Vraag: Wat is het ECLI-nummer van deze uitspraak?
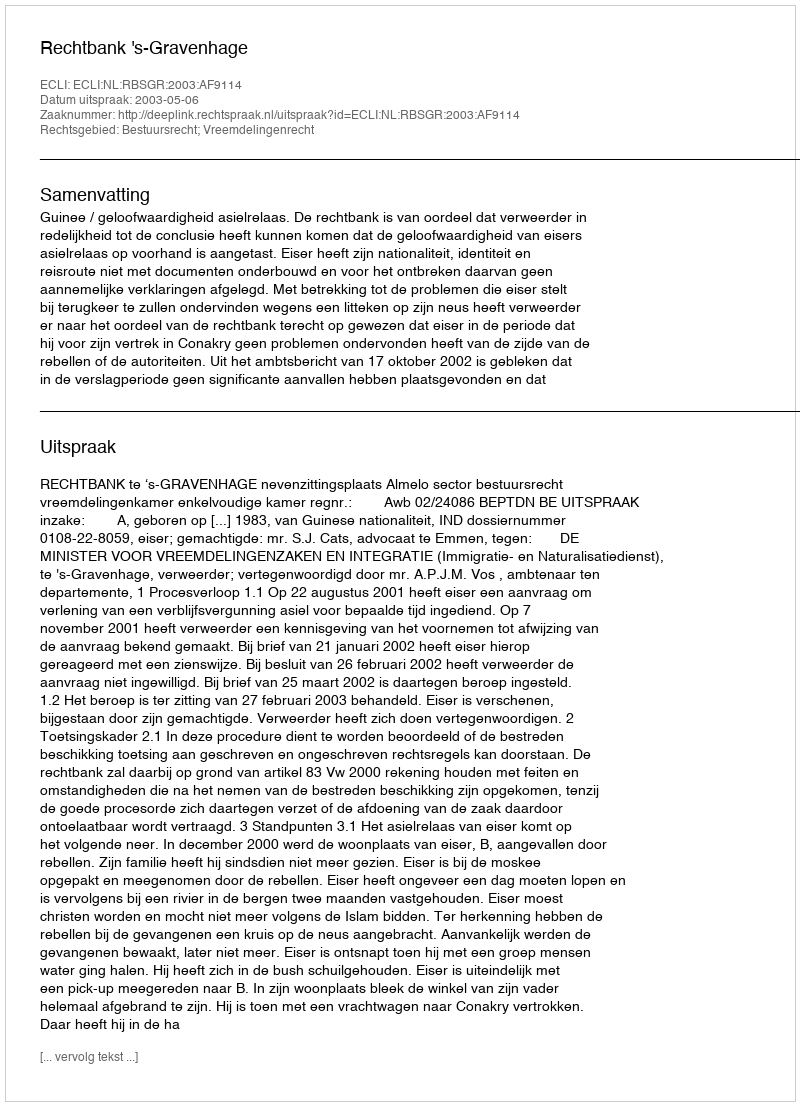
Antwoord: ECLI:NL:RBSGR:2003:AF9114